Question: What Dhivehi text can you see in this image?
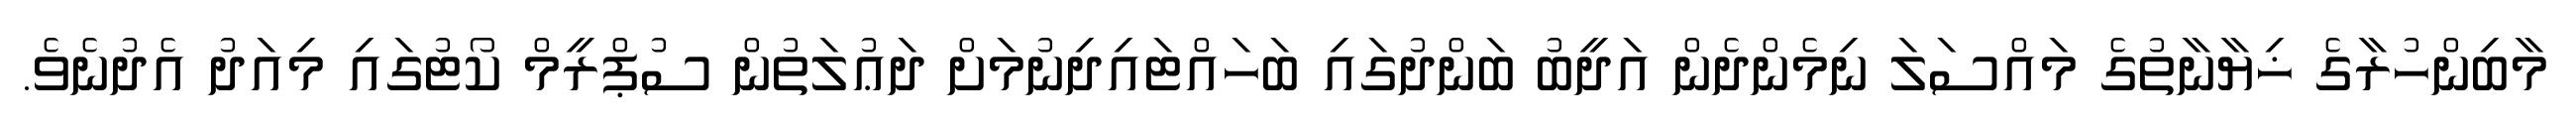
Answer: މާބިންހުރާގެ ޚިޔާނާތުގެ މައްސަލަ ނިމެންދެން އަދީބު ބަންދުގައި ބަހައްޓައިދިނުމަށް ދަޢުލަތުން ސުޕްރީމް ކޯޓުގައި މިއަދު އެދުނެވެ.